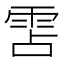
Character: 𮦌